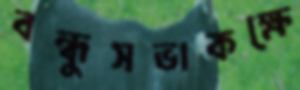
বন্ধুসভাকক্ষে